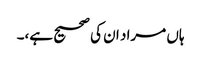
ہاں مراد ان کی صحیح ہے،۔